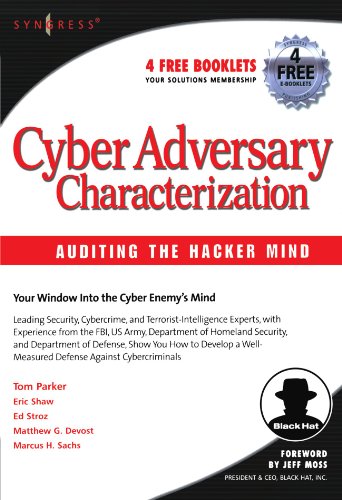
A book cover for Cyber Adversary Characterization: Auditing the Hacker Mind; Tom Parker; Computers & Technology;